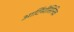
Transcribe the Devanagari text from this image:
आर्टिमीसिनिक